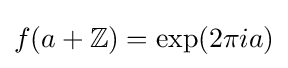
f(a+\mathbb {Z} )=\exp(2\pi ia)